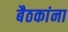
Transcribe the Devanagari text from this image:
बैठकांना